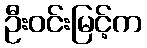
ဦးဝင်းမြင့်က